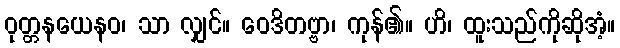
ဝုတ္တနယေနဝ၊ သာ လျှင်။ ဝေဒိတဗ္ဗာ၊ ကုန်၏။ ဟိ၊ ထူးသည်ကိုဆိုအံ့။